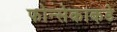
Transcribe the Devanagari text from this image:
फोन्सेकाकडे